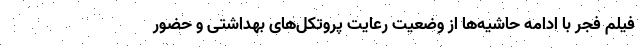
فیلم فجر با ادامه حاشیه‌ها از وضعیت رعایت پروتکل‌های بهداشتی و حضور